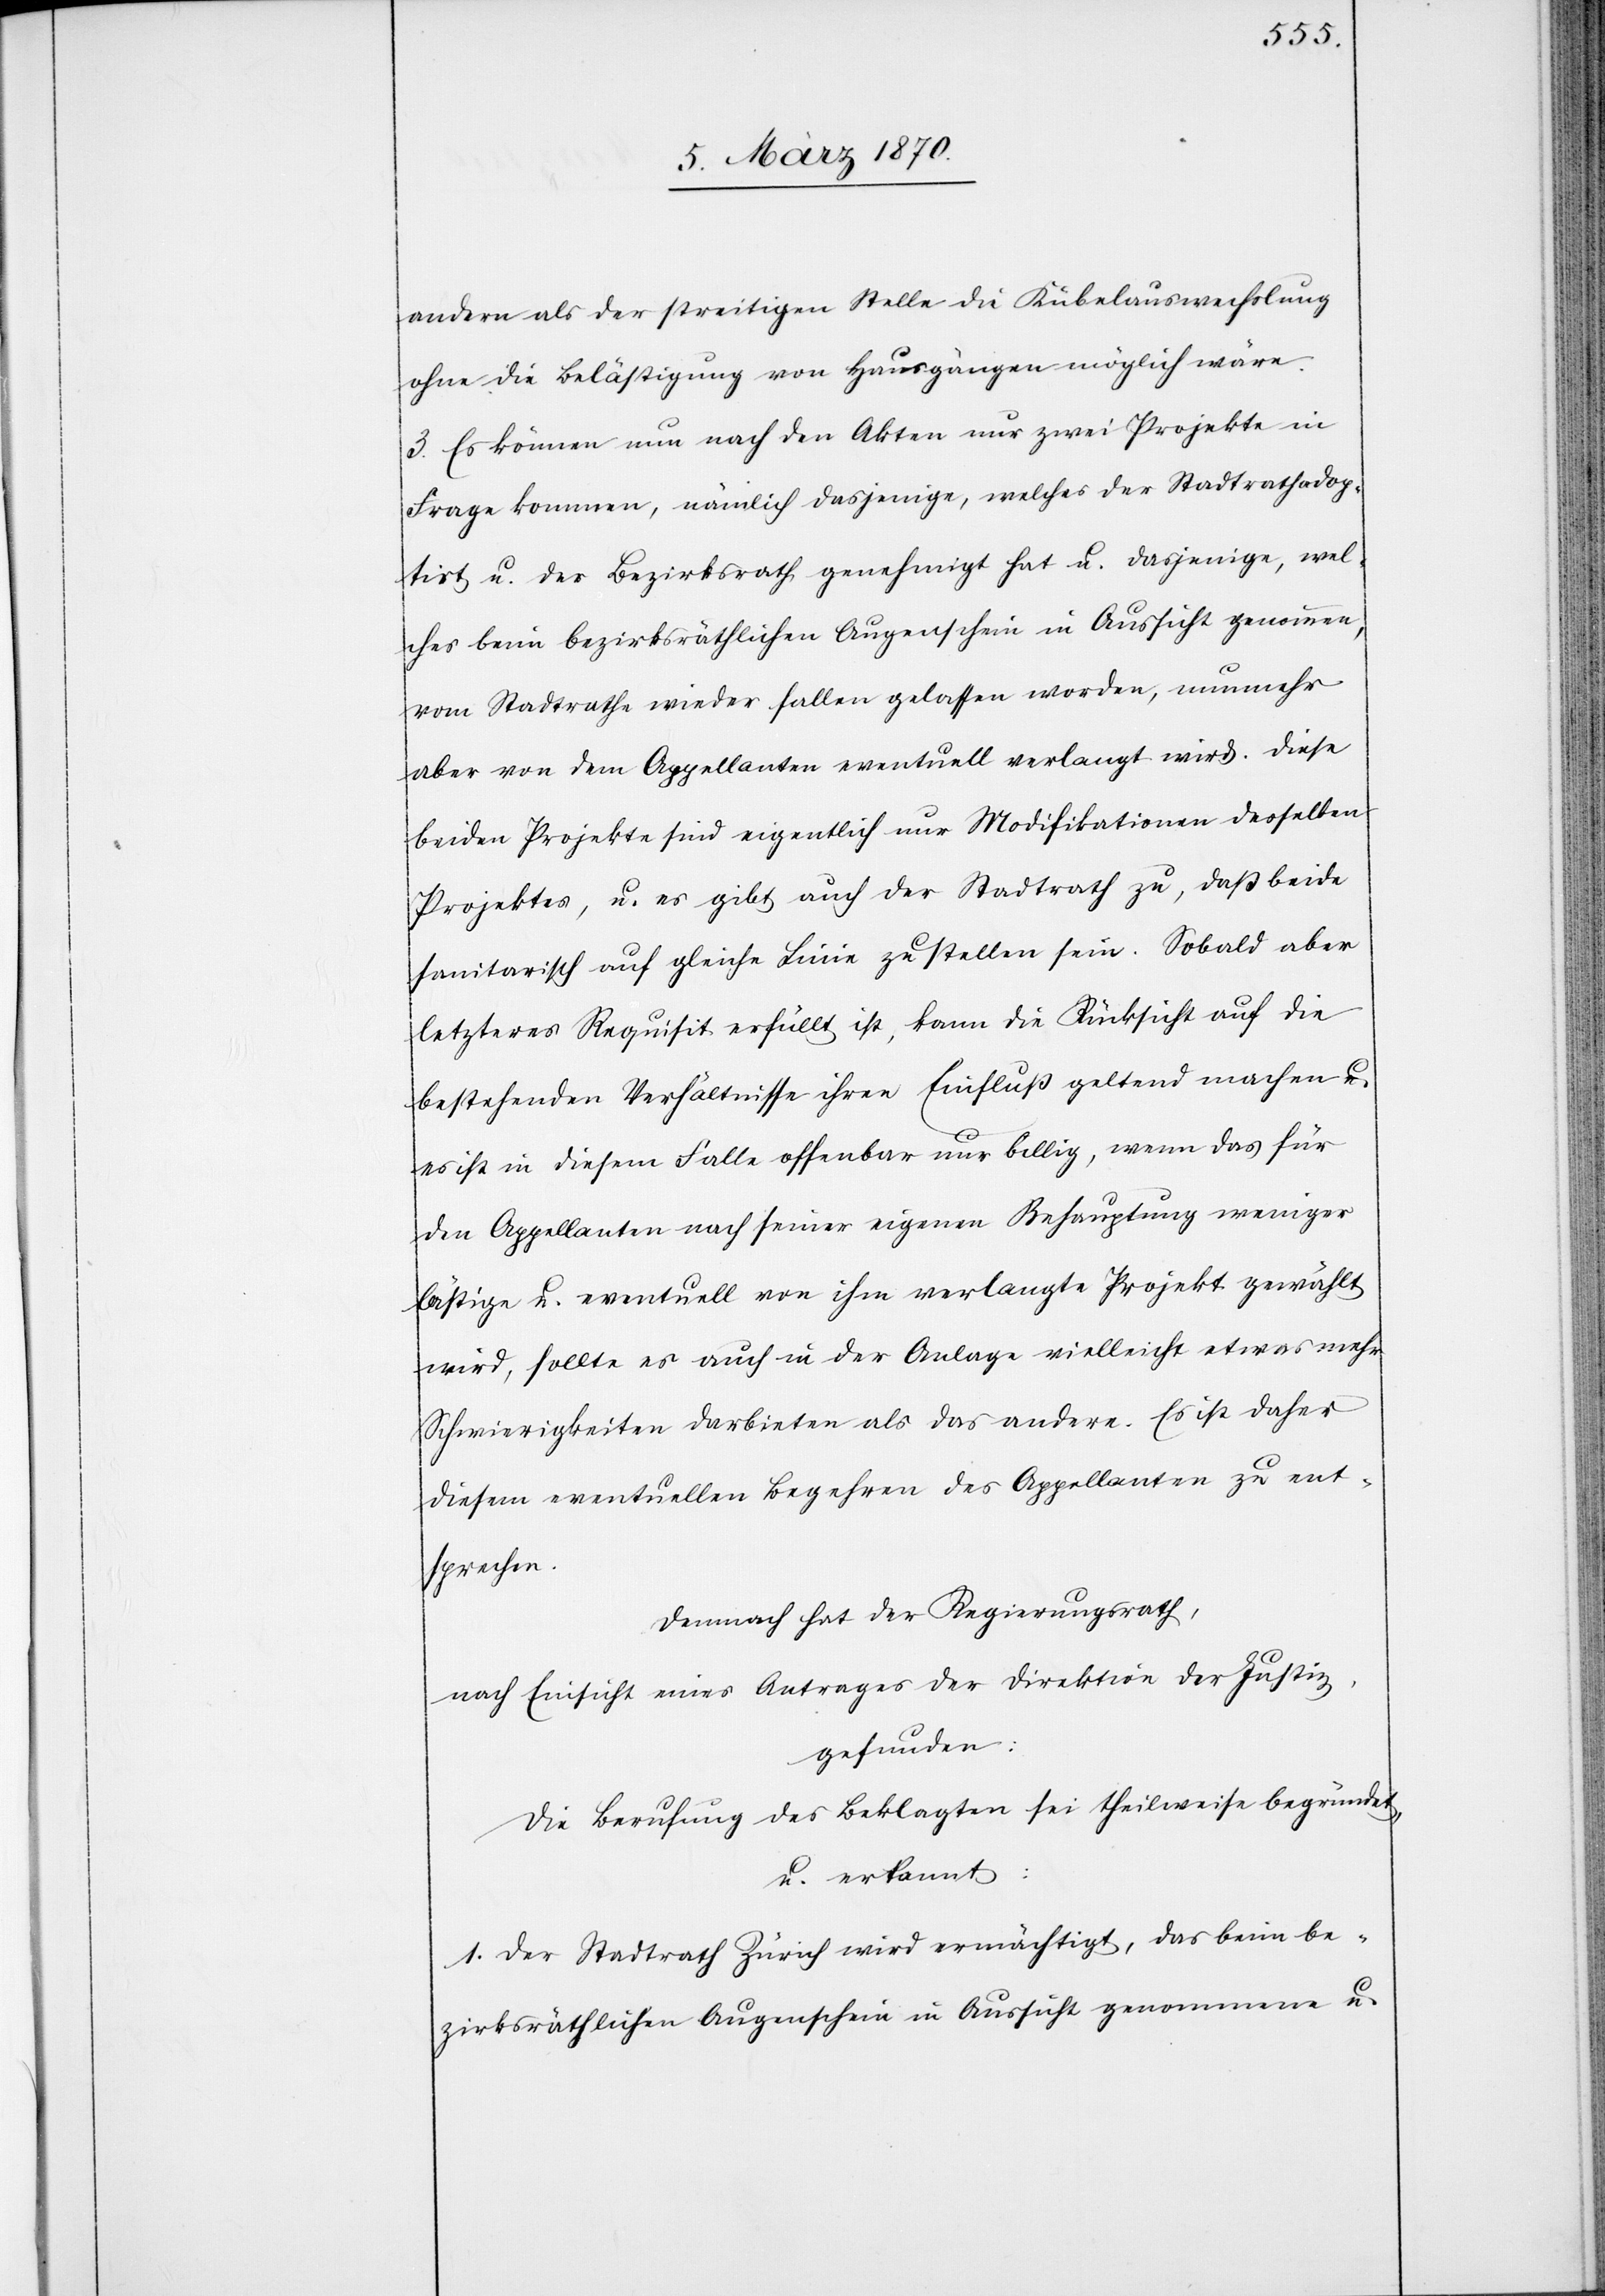
andern als der streitigen Stelle die Kübelauswechslung
ohne die Belästigung von Hausgängen möglich wäre.
3. Es können nun nach den Akten nur zwei Projekte in
Frage kommen, nämlich dasjenige, welches der Stadtrath adop¬
tirt u. der Bezirksrath genehmigt hat u. dasjenige, wel¬
ches beim bezirksräthlichen Augenschein in Aussicht genommen,
vom Stadtrathe wieder fallen gelassen worden, nunmehr
aber von dem Appellanten eventuell verlangt wird. Diese
beiden Projekte sind eigentlich nur Modifikationen desselben
Projektes, u. es gibt auch der Stadtrath zu, daß beide
sanitarisch auf gleiche Linie zu stellen sein [sic!]. Sobald aber
letzteres Requisit erfüllt ist, kann die Rücksicht auf die
bestehenden Verhältnisse ihren Einfluß gelten machen u.
es ist in diesem Falle offenbar nur billig, wenn das für
den Appellanten nach seiner eigenen Behauptung weniger
lästige u. eventuell von ihm verlangte Projekt gewählt
wird, sollte es auch in der Anlage vielleicht etwas mehr
Schwierigkeiten darbieten als das andere. Es ist daher
diesem eventuellen Begehren des Appellanten zu ent¬
sprechen.
Demnach hat der Regierungsrath,
nach Einsicht eines Antrages der Direktion der Justiz,
gefunden:
Die Berufung des Beklagten sei theilweise begründet,
u. erkannt:
1. Der Stadtrath Zürich wird ermächtigt, das beim be¬
zirksräthlichen Augenschein in Aussicht genommene u.